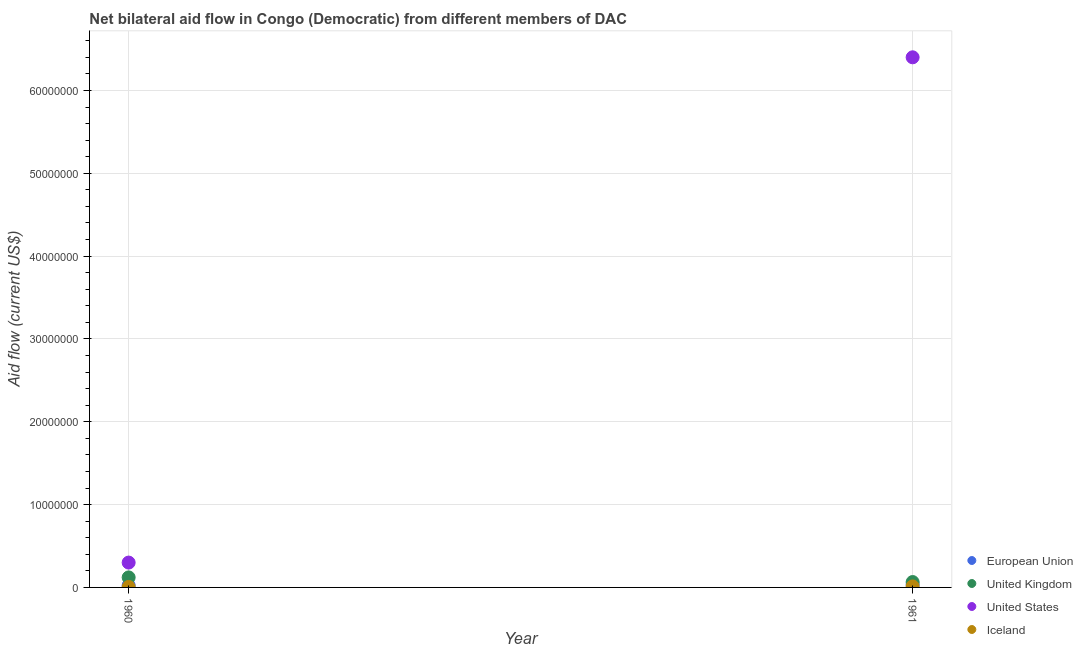
| Year | European Union | United Kingdom | United States | Iceland |
 | --- | --- | --- | --- | --- |
 | 1960 | 2.5e+05 | 1.21e+06 | 3e+06 | 6e+04 |
 | 1961 | 3.3e+05 | 6.5e+05 | 6.4e+07 | 1.2e+05 |